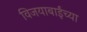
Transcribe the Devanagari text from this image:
विजयाबाईंच्या